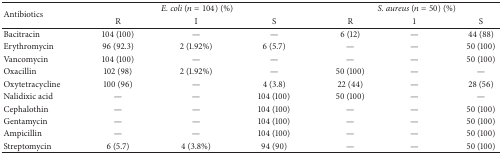
<table><thead><tr><td rowspan="2"><b>Antibiotics</b></td><td colspan="3"><b><i>E. coli</i> (<i>n</i> = 104) (%)</b></td><td colspan="3"><b><i>S. aureus</i> (<i>n</i> = 50) (%)</b></td></tr><tr><td><b>R</b></td><td><b>I</b></td><td><b>S</b></td><td><b>R</b></td><td><b>1</b></td><td><b>S</b></td></tr></thead><tbody><tr><td>Bacitracin</td><td>104 (100)</td><td>—</td><td>—</td><td>6 (12)</td><td>—</td><td>44 (88)</td></tr><tr><td>Erythromycin</td><td>96 (92.3)</td><td>2 (1.92%)</td><td>6 (5.7)</td><td>—</td><td>—</td><td>50 (100)</td></tr><tr><td>Vancomycin</td><td>104 (100)</td><td>—</td><td>—</td><td>—</td><td>—</td><td>50 (100)</td></tr><tr><td>Oxacillin</td><td>102 (98)</td><td>2 (1.92%)</td><td>—</td><td>50 (100)</td><td>—</td><td>—</td></tr><tr><td>Oxytetracycline</td><td>100 (96)</td><td>—</td><td>4 (3.8)</td><td>22 (44)</td><td>—</td><td>28 (56)</td></tr><tr><td>Nalidixic acid</td><td>—</td><td>—</td><td>104 (100)</td><td>50 (100)</td><td>—</td><td>—</td></tr><tr><td>Cephalothin</td><td>—</td><td>—</td><td>104 (100)</td><td>—</td><td>—</td><td>50 (100)</td></tr><tr><td>Gentamycin</td><td>—</td><td>—</td><td>104 (100)</td><td>—</td><td>—</td><td>50 (100)</td></tr><tr><td>Ampicillin</td><td>—</td><td>—</td><td>104 (100)</td><td>—</td><td>—</td><td>50 (100)</td></tr><tr><td>Streptomycin</td><td>6 (5.7)</td><td>4 (3.8%)</td><td>94 (90)</td><td>—</td><td>—</td><td>50 (100)</td></tr></tbody></table>